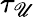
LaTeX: \tau_{\mathscr{U}}